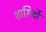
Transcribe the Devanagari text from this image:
शागिर्दों